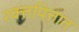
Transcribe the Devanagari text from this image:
रक्तपित्तात